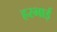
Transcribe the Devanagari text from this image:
हरभाई